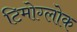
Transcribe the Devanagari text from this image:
टिमोग्लोक